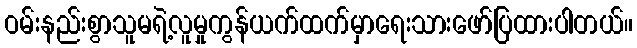
ဝမ်းနည်းစွာသူမရဲ့လူမှုကွန်ယက်ထက်မှာရေးသားဖော်ပြထားပါတယ်။